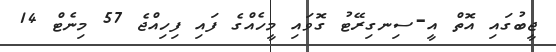
ޖީބުގައި އޮތް އީ-ސިނގިރޭޓު ގޮވައި މީހެއްގެ ފައި ފިހިއްޖެ 57 މިނެޓް 14